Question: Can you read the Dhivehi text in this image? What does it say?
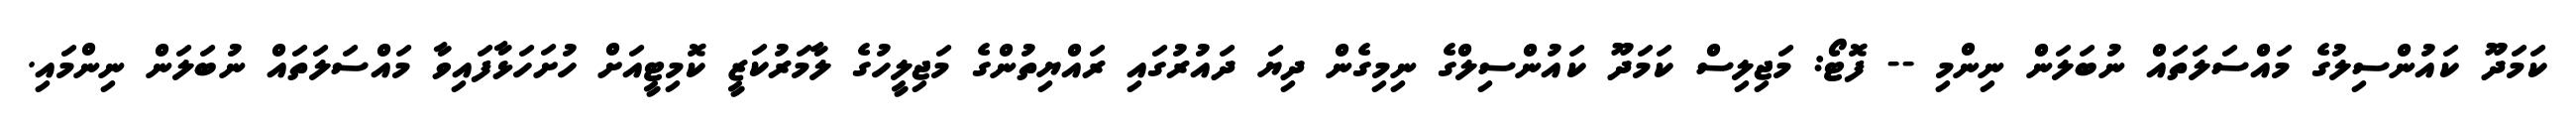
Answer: ކަމަދޫ ކައުންސިލުގެ މައްސަލަތައް ނުބަލަން ނިންމި -- ފޮޓޯ: މަޖިލިސް ކަމަދޫ ކައުންސިލްގެ ނިމިގެން ދިޔަ ދައުރުގައި ރައްޔިތުންގެ މަޖިލީހުގެ ލާމަރުކަޒީ ކޮމިޓީއަށް ހުށަހަޅާފައިވާ މައްސަލަތައް ނުބަލަން ނިންމައި.